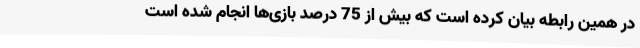
در همین رابطه بیان کرده است که بیش از 75 درصد بازی‌ها انجام شده است